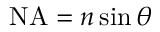
\mathrm { N A } = n \sin \theta